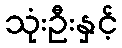
သုံးဦးနှင့်